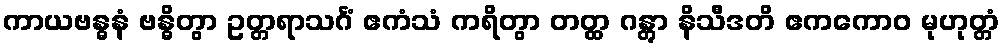
ကာယဗန္ဓနံ ဗန္ဓိတွာ ဥတ္တရာသင်္ဂံ ဧကံသံ ကရိတွာ တတ္ထ ဂန္တွာ နိသီဒတိ ဧကကောဝ မုဟုတ္တံ